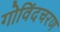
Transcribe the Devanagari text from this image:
गोविंदचरण